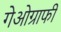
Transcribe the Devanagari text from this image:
गेओग्राफी